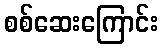
စစ်ဆေးကြောင်း